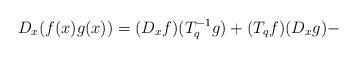
LaTeX: \begin{align*}D_x ( f(x) g(x) ) = ( D_x f ) (T_q^{-1} g )+( T_q f) (D_x g ) -\end{align*}